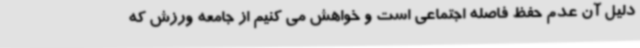
دلیل آن عدم حفظ فاصله اجتماعی است و خواهش می کنیم از جامعه ورزش که